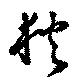
狄